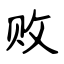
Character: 败